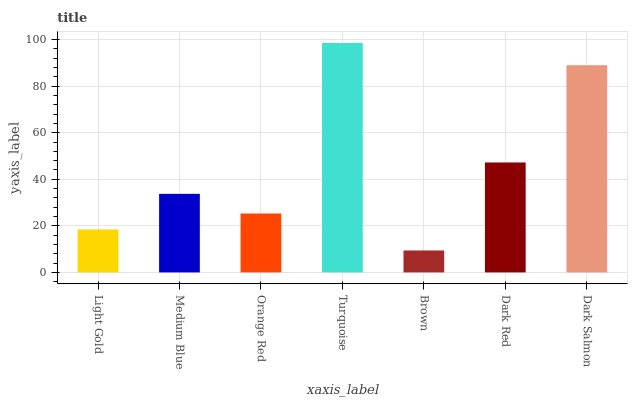
| xaxis_label | bars |
 | --- | --- |
 | Light Gold | 18.5 |
 | Medium Blue | 33.7 |
 | Orange Red | 25.3 |
 | Turquoise | 98.6 |
 | Brown | 9.43 |
 | Dark Red | 47.2 |
 | Dark Salmon | 89 |